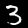
Label: 3